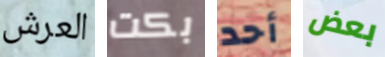
العرش بكت أحد بعض